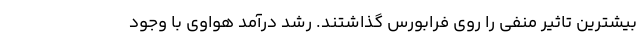
بیشترین تاثیر منفی را روی فرابورس گذاشتند. رشد درآمد هواوی با وجود